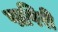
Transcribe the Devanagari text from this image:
पापिरी